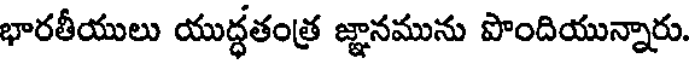
భారతీయులు యుద్ధతంత్ర జ్ఞానమును పొందియున్నారు.